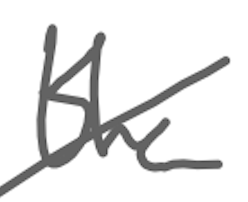
Text: the
Cross-out: mix
Writing tool: digital_gray